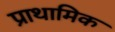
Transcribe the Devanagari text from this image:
प्राथामिक